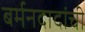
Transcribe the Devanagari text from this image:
बर्मनदादांची